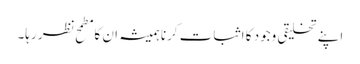
اپنے تخلیقی وجود کا اثبات کرنا ہمیشہ ان کا مطمح نظر رہا۔